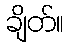
ချိတ်။